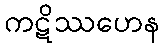
ကဋိဿဟေန